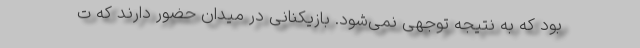
بود که به نتیجه توجهی نمی‌شود. بازیکنانی در میدان حضور دارند که ت